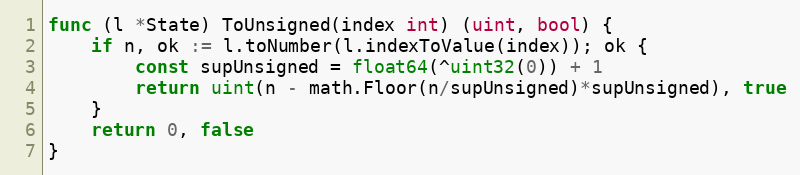
Language: Go
func (l *State) ToUnsigned(index int) (uint, bool) {
	if n, ok := l.toNumber(l.indexToValue(index)); ok {
		const supUnsigned = float64(^uint32(0)) + 1
		return uint(n - math.Floor(n/supUnsigned)*supUnsigned), true
	}
	return 0, false
}